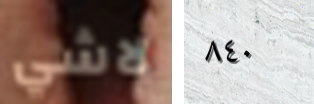
لاشي ٨٤٠